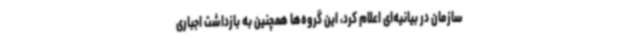
سازمان در بیانیه‌ای اعلام کرد، این گروه‌ها همچنین به بازداشت اجباری